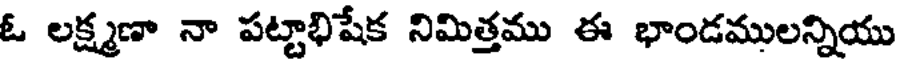
ఓ లక్ష్మణా నా పట్టాభిషేక నిమిత్తము ఈ భాండములన్నియు